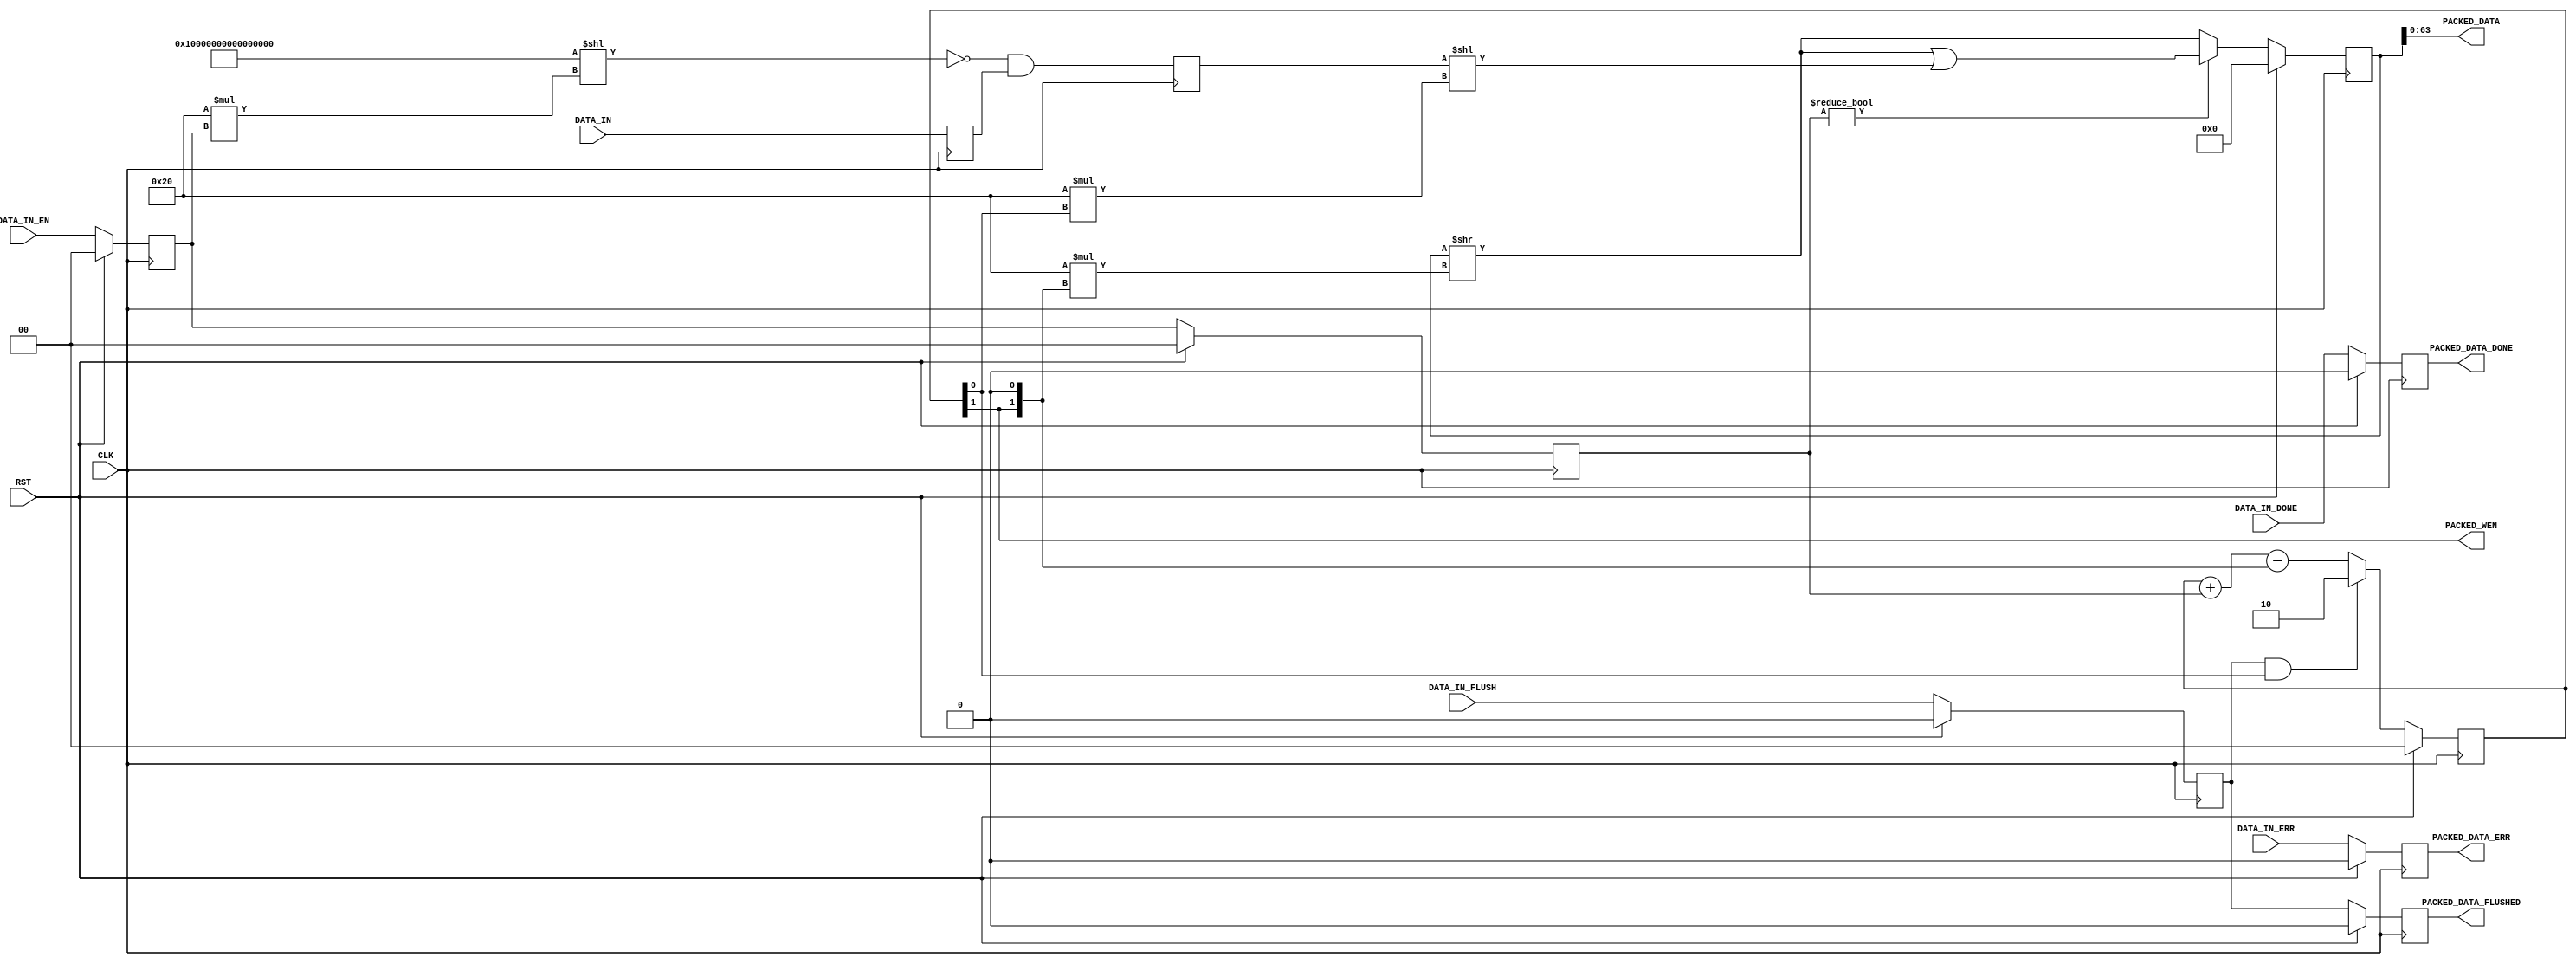
// ----------------------------------------------------------------------
// Copyright (c) 2016, The Regents of the University of California All
// rights reserved.
// 
// Redistribution and use in source and binary forms, with or without
// modification, are permitted provided that the following conditions are
// met:
// 
//     * Redistributions of source code must retain the above copyright
//       notice, this list of conditions and the following disclaimer.
// 
//     * Redistributions in binary form must reproduce the above
//       copyright notice, this list of conditions and the following
//       disclaimer in the documentation and/or other materials provided
//       with the distribution.
// 
//     * Neither the name of The Regents of the University of California
//       nor the names of its contributors may be used to endorse or
//       promote products derived from this software without specific
//       prior written permission.
// 
// THIS SOFTWARE IS PROVIDED BY THE COPYRIGHT HOLDERS AND CONTRIBUTORS
// "AS IS" AND ANY EXPRESS OR IMPLIED WARRANTIES, INCLUDING, BUT NOT
// LIMITED TO, THE IMPLIED WARRANTIES OF MERCHANTABILITY AND FITNESS FOR
// A PARTICULAR PURPOSE ARE DISCLAIMED. IN NO EVENT SHALL REGENTS OF THE
// UNIVERSITY OF CALIFORNIA BE LIABLE FOR ANY DIRECT, INDIRECT,
// INCIDENTAL, SPECIAL, EXEMPLARY, OR CONSEQUENTIAL DAMAGES (INCLUDING,
// BUT NOT LIMITED TO, PROCUREMENT OF SUBSTITUTE GOODS OR SERVICES; LOSS
// OF USE, DATA, OR PROFITS; OR BUSINESS INTERRUPTION) HOWEVER CAUSED AND
// ON ANY THEORY OF LIABILITY, WHETHER IN CONTRACT, STRICT LIABILITY, OR
// TORT (INCLUDING NEGLIGENCE OR OTHERWISE) ARISING IN ANY WAY OUT OF THE
// USE OF THIS SOFTWARE, EVEN IF ADVISED OF THE POSSIBILITY OF SUCH
// DAMAGE.
// ----------------------------------------------------------------------
//----------------------------------------------------------------------------
// Version:				1.00.a
// Verilog Standard:	Verilog-2001
// Description:			Packs 32 or 64 bit received data into a 64 bit wide FIFO. 
// Assumes the FIFO always has room to accommodate the data.
// History:				@mattj: Version 2.0
// Additional Comments: 
//-----------------------------------------------------------------------------

`timescale 1ns/1ns
module fifo_packer_64 (
	input CLK,
	input RST,
	input [63:0] DATA_IN,		// Incoming data
	input [1:0] DATA_IN_EN,		// Incoming data enable
	input DATA_IN_DONE,			// Incoming data packet end
	input DATA_IN_ERR,			// Incoming data error
	input DATA_IN_FLUSH,		// End of incoming data
	output [63:0] PACKED_DATA,	// Outgoing data
	output PACKED_WEN,			// Outgoing data write enable
	output PACKED_DATA_DONE,	// End of outgoing data packet
	output PACKED_DATA_ERR,		// Error in outgoing data
	output PACKED_DATA_FLUSHED	// End of outgoing data
);

reg		[1:0]		rPackedCount=0, _rPackedCount=0;
reg					rPackedDone=0, _rPackedDone=0;
reg					rPackedErr=0, _rPackedErr=0;
reg					rPackedFlush=0, _rPackedFlush=0;
reg					rPackedFlushed=0, _rPackedFlushed=0;
reg		[95:0]		rPackedData=96'd0, _rPackedData=96'd0;
reg		[63:0]		rDataIn=64'd0, _rDataIn=64'd0;
reg		[1:0]		rDataInEn=0, _rDataInEn=0;
reg		[63:0]		rDataMasked=64'd0, _rDataMasked=64'd0;
reg		[1:0]		rDataMaskedEn=0, _rDataMaskedEn=0;


assign PACKED_DATA = rPackedData[63:0];
assign PACKED_WEN = rPackedCount[1];
assign PACKED_DATA_DONE = rPackedDone;
assign PACKED_DATA_ERR = rPackedErr;
assign PACKED_DATA_FLUSHED = rPackedFlushed;


// Buffers input data until 2 words are available, then writes 2 words out.
wire [63:0] wMask = {64{1'b1}}<<(32*rDataInEn);
wire [63:0]	wDataMasked = ~wMask & rDataIn;
always @ (posedge CLK) begin
	rPackedCount <= #1 (RST ? 2'd0 : _rPackedCount);
	rPackedDone <= #1 (RST ? 1'd0 : _rPackedDone);
	rPackedErr <= #1 (RST ? 1'd0 : _rPackedErr);
	rPackedFlush <= #1 (RST ? 1'd0 : _rPackedFlush);
	rPackedFlushed <= #1 (RST ? 1'd0 : _rPackedFlushed);
	rPackedData <= #1 (RST ? 96'd0 : _rPackedData);
	rDataIn <= #1 _rDataIn;
	rDataInEn <= #1 (RST ? 2'd0 : _rDataInEn);
	rDataMasked <= #1 _rDataMasked;
	rDataMaskedEn <= #1 (RST ? 2'd0 : _rDataMaskedEn);
end

always @ (*) begin
	// Buffer and mask the input data.
	_rDataIn = DATA_IN;
	_rDataInEn = DATA_IN_EN;
	_rDataMasked = wDataMasked;
	_rDataMaskedEn = rDataInEn;

	// Count what's in our buffer. When we reach 2 words, 2 words will be written
	// out. If flush is requested, write out whatever remains.
	if (rPackedFlush && rPackedCount[0])
		_rPackedCount = 2;
	else
		_rPackedCount = rPackedCount + rDataMaskedEn - {rPackedCount[1], 1'd0};
	
	// Shift data into and out of our buffer as we receive and write out data.
	if (rDataMaskedEn != 2'd0)
		_rPackedData = ((rPackedData>>(32*{rPackedCount[1], 1'd0})) | (rDataMasked<<(32*rPackedCount[0])));
	else
		_rPackedData = (rPackedData>>(32*{rPackedCount[1], 1'd0}));

	// Track done/error/flush signals.
	_rPackedDone = DATA_IN_DONE;
	_rPackedErr = DATA_IN_ERR;
	_rPackedFlush = DATA_IN_FLUSH;
	_rPackedFlushed = rPackedFlush;
end



endmodule